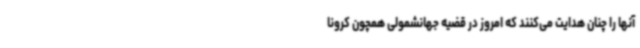
آنها را چنان هدایت می‌کنند که امروز در قضیه جهانشمولی همچون کرونا